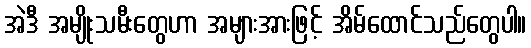
အဲဒီ အမျိုးသမီးတွေဟာ အများအားဖြင့် အိမ်ထောင်သည်တွေပါ။